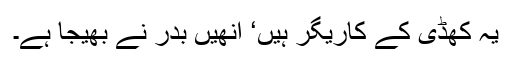
یہ کھڈی کے کاریگر ہیں‘ انھیں بدر نے بھیجا ہے۔